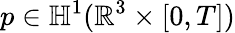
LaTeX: p\in\mathbb{H}^{1}(\mathbb{R}^{3}\times[0,T])